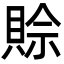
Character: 賒